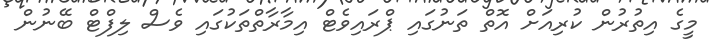
މީގެ އިތުރުން ކުރިއަށް އޮތް ތަނުގައި ޕްރައިވެޓް އިމާރާތްތަކުގައި ވެސް ލިފްޓް ބޭނުން